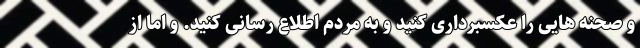
و صحنه هایی را عکسبرداری کنید و به مردم اطلاع رسانی کنید. و اما از